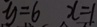
y = 6 x = 1